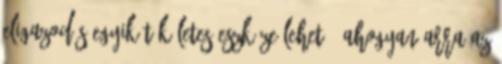
eligazodás egyik tökéletes eszköze lehet – ahogyan arra az